65_HS1-834228961_62-HQ-83894_SUB_A
Agency: FBI
Page 56
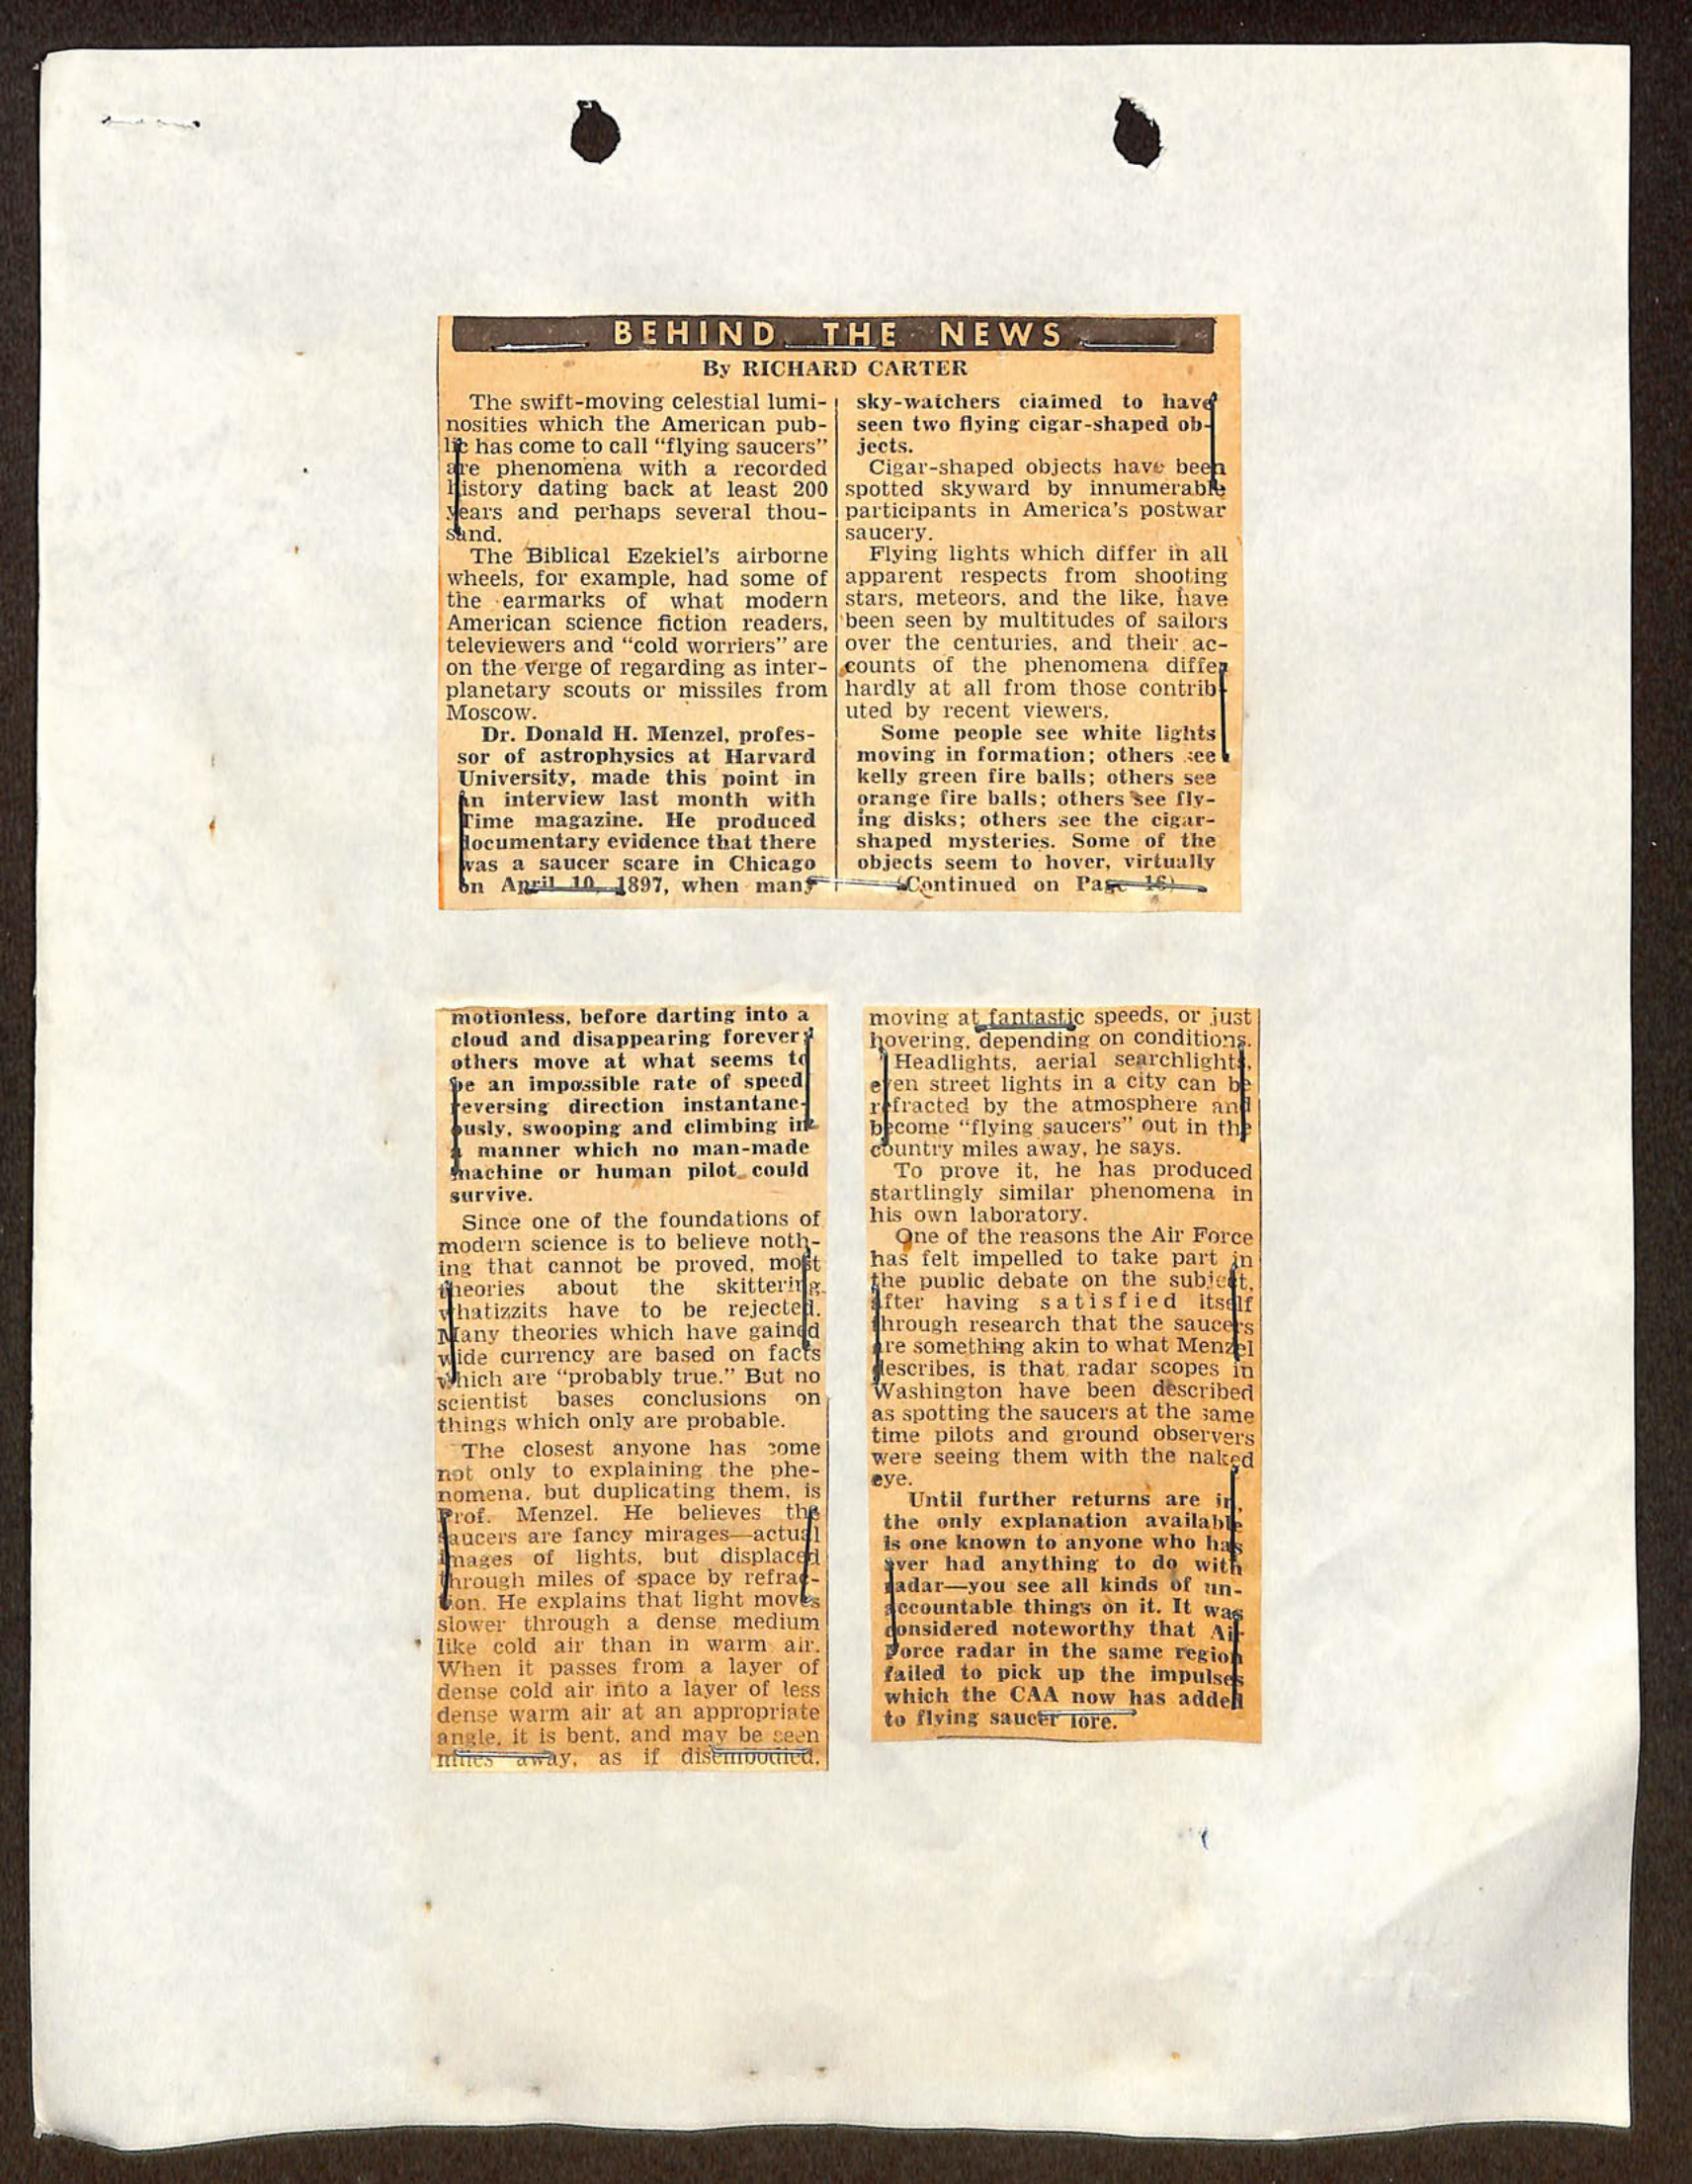